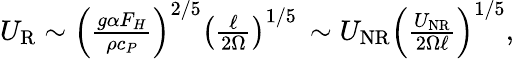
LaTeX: \begin{array}{r}{U_{\mathrm{R}}\sim\left(\frac{g\alpha F_{H}}{\rho c_{P}}\right)^{2/5}\left(\frac{\ell}{2\Omega}\right)^{1/5}\, \sim U_{\mathrm{NR}}\left(\frac{U_{\mathrm{NR}}}{2\Omega\ell}\right)^{1/5},}\end{array}